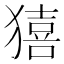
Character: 𤢀